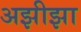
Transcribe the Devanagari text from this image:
अझीझा